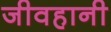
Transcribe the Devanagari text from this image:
जीवहानी